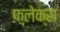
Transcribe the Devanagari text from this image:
फ़्लेक्स